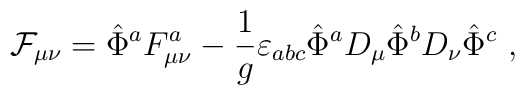
{\cal F}_{\mu\nu} = \hat{\Phi}^a F_{\mu\nu}^a -\frac{1}{g} \varepsilon_{abc} \hat{\Phi}^a D_\mu \hat{\Phi}^b D_\nu \hat{\Phi}^c \ ,